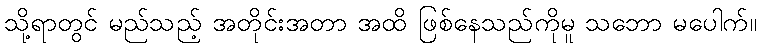
သို့ရာတွင် မည်သည့် အတိုင်းအတာ အထိ ဖြစ်နေသည်ကိုမူ သဘော မပေါက်။